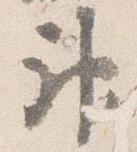
神